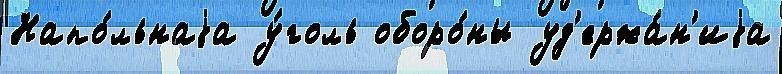
Напо́льнаjа у́голь оборо́ны уд'ержа́н'иjа